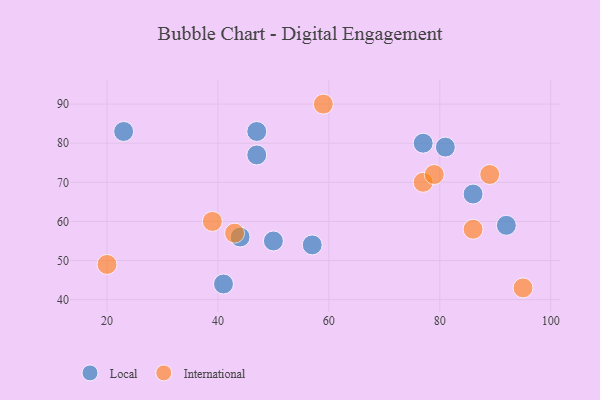
{"axis": {"x": "GDP", "y": "Life Expectancy"}, "legend": ["International", "Local"], "data": [{"x": "47", "y": 77, "type": "Local"}, {"x": "50", "y": 55, "type": "Local"}, {"x": "23", "y": 83, "type": "Local"}, {"x": "57", "y": 54, "type": "Local"}, {"x": "44", "y": 56, "type": "Local"}, {"x": "77", "y": 80, "type": "Local"}, {"x": "47", "y": 83, "type": "Local"}, {"x": "86", "y": 67, "type": "Local"}, {"x": "41", "y": 44, "type": "Local"}, {"x": "81", "y": 79, "type": "Local"}, {"x": "92", "y": 59, "type": "Local"}, {"x": "95", "y": 43, "type": "International"}, {"x": "43", "y": 57, "type": "International"}, {"x": "77", "y": 70, "type": "International"}, {"x": "79", "y": 72, "type": "International"}, {"x": "59", "y": 90, "type": "International"}, {"x": "20", "y": 49, "type": "International"}, {"x": "39", "y": 60, "type": "International"}, {"x": "89", "y": 72, "type": "International"}, {"x": "86", "y": 58, "type": "International"}]}